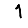
Digit: 1